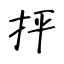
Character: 抨